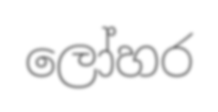
ලෝහර